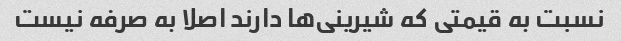
نسبت به قیمتی که شیرینی‌ها دارند اصلا به صرفه نیست